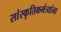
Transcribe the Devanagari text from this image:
सांस्कृतिकमंत्र्यांना